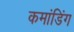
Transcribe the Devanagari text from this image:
कमांडिंग